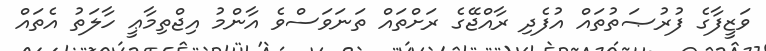
ވަޒީފާގެ ފުރުޞަތުތައް އުފެދި ރާއްޖޭގެ ރަށްތައް ތަނަވަސްވެ އާންމު އިޖްތިމާޢީ ހާލަތު އެތައް